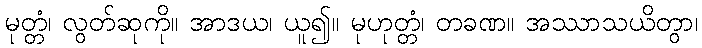
မုတ္တံ၊ လွတ်ဆုကို။ အာဒယ၊ ယူ၍။ မုဟုတ္တံ၊ တခဏ။ အဿာသယိတွာ၊